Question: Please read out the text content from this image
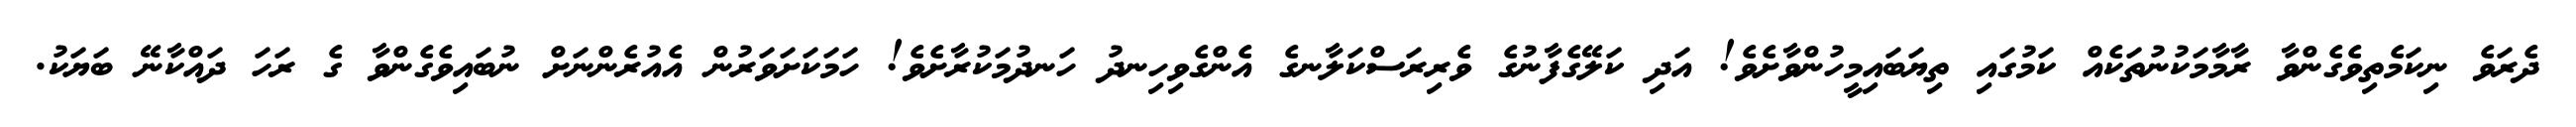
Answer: ދެރަވެ ނިކަމެތިވެގެންވާ ރާމާމަކުނުތަކެއް ކަމުގައި ތިޔަބައިމީހުންވާށެވެ! އަދި ކަލޭގެފާނުގެ ވެރިރަސްކަލާނގެ އެންގެވިހިނދު ހަނދުމަކުރާށެވެ! ހަމަކަށަވަރުން އެއުރެންނަށް ނުބައިވެގެންވާ ގެ ރަހަ ދައްކާނޭ ބަޔަކު.